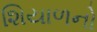
શિયાળનો